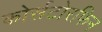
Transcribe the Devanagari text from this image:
कोर्सटोरफिन